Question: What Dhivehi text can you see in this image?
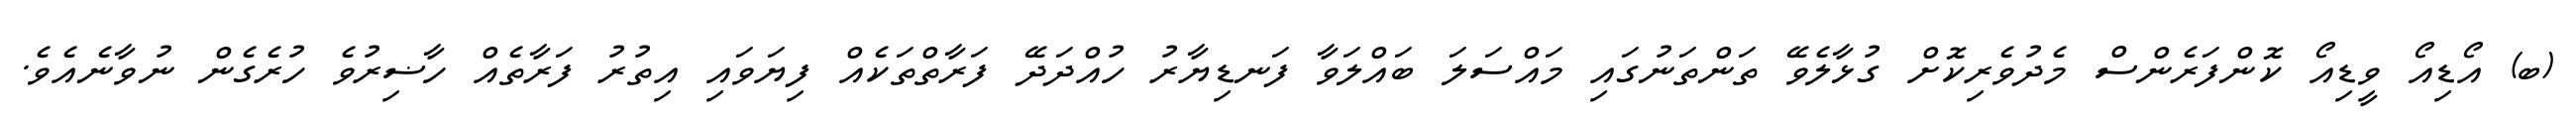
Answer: (ބ) އޯޑިއޯ ވީޑިއޯ ކޮންފަރެންސް މެދުވެރިކޮށް ގުޅާލެވޭ ތަންތަނުގައި މައްސަލަ ބައްލަވާ ފަނޑިޔާރު ހުއްދަދޭ ފަރާތްތަކެއް ފިޔަވައި އިތުރު ފަރާތެއް ހާޟިރުވެ ހުރެގެން ނުވާނެއެވެ.